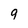
Character: 9